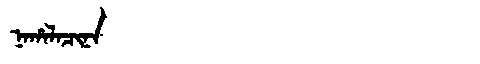
Manchu: ᠨᠠᡥᠠᠯᠠᠴᡳᠨᠠ
Romanization: NAHALACINA